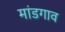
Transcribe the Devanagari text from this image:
मांडगाव